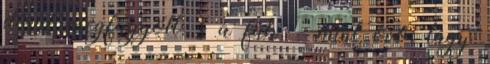
dérré megfagyott. s a fák – mint óvó, lágy